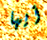
أيها